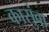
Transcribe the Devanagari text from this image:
कासुंवा